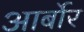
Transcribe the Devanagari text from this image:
आर्बोर